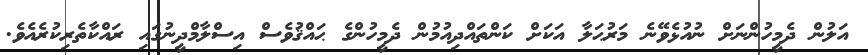
އަލުން ދެމީހުންނަށް ނުއުޅެވޭނެ މަރުޙަލާ އަކަށް ކަންތައްދިއުމުން ދެމީހުންގެ ޙައްޤުވެސް އިސްލާމްދީނުގައި ރައްކާތެރިކުރެއެވެ.